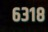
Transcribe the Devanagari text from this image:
६३१८